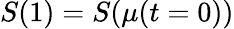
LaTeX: S(1)=S(\mu(t=0))